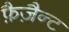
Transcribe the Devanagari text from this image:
फ़ैज़ैन्ट